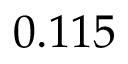
0 . 1 1 5